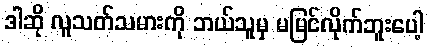
ဒါဆို လူသတ်သမားကို ဘယ်သူမှ မမြင်လိုက်ဘူးပေါ့